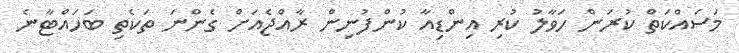
މަސައްކަތް ކުރަން ހަވާލު ކުރި އިންޑިއާ ކުންފުނިން ރާއްޖެއަށް ގެންނަ ތަކެތި ބަހައްޓާނެ